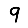
Digit: 9